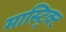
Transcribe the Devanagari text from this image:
मास्ट्रिक्ट